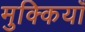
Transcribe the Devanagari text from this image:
मुक्कियाँ